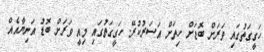
ހަގީގަތުގައި ވަރަށް ބޮޑަށް ހިތަށް އަސަރުކުރޭ. ހަގީގަތުގައި މިއީ ވަރަށް ބޮޑު އަނިޔާއެއް.